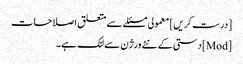
[درست کریں] معمولی مسئلے سے متعلق اصلاحات
[Mod] دستی کے نئے ورژن سے لنک ہے۔